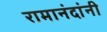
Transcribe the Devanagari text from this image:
रामानंदांनी